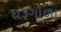
દારૂગોળા